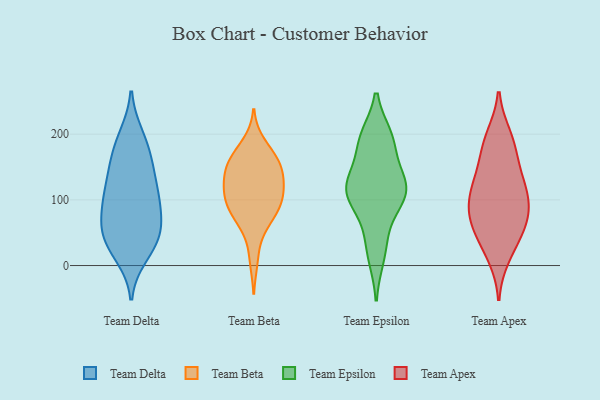
{"axis": {"x": "Production Output", "y": "Value"}, "legend": ["Team Apex", "Team Beta", "Team Delta", "Team Epsilon"], "data": [{"x": "", "y": 111, "type": "Team Delta"}, {"x": "", "y": 54, "type": "Team Delta"}, {"x": "", "y": 160, "type": "Team Delta"}, {"x": "", "y": 54, "type": "Team Delta"}, {"x": "", "y": 46, "type": "Team Delta"}, {"x": "", "y": 31, "type": "Team Delta"}, {"x": "", "y": 85, "type": "Team Delta"}, {"x": "", "y": 47, "type": "Team Delta"}, {"x": "", "y": 98, "type": "Team Delta"}, {"x": "", "y": 110, "type": "Team Delta"}, {"x": "", "y": 171, "type": "Team Delta"}, {"x": "", "y": 120, "type": "Team Delta"}, {"x": "", "y": 140, "type": "Team Delta"}, {"x": "", "y": 21, "type": "Team Delta"}, {"x": "", "y": 15, "type": "Team Delta"}, {"x": "", "y": 198, "type": "Team Delta"}, {"x": "", "y": 196, "type": "Team Delta"}, {"x": "", "y": 64, "type": "Team Delta"}, {"x": "", "y": 157, "type": "Team Delta"}, {"x": "", "y": 92, "type": "Team Delta"}, {"x": "", "y": 96, "type": "Team Beta"}, {"x": "", "y": 77, "type": "Team Beta"}, {"x": "", "y": 58, "type": "Team Beta"}, {"x": "", "y": 162, "type": "Team Beta"}, {"x": "", "y": 157, "type": "Team Beta"}, {"x": "", "y": 84, "type": "Team Beta"}, {"x": "", "y": 110, "type": "Team Beta"}, {"x": "", "y": 144, "type": "Team Beta"}, {"x": "", "y": 10, "type": "Team Beta"}, {"x": "", "y": 185, "type": "Team Beta"}, {"x": "", "y": 130, "type": "Team Beta"}, {"x": "", "y": 146, "type": "Team Beta"}, {"x": "", "y": 146, "type": "Team Beta"}, {"x": "", "y": 76, "type": "Team Beta"}, {"x": "", "y": 113, "type": "Team Beta"}, {"x": "", "y": 105, "type": "Team Beta"}, {"x": "", "y": 170, "type": "Team Beta"}, {"x": "", "y": 113, "type": "Team Beta"}, {"x": "", "y": 100, "type": "Team Epsilon"}, {"x": "", "y": 102, "type": "Team Epsilon"}, {"x": "", "y": 193, "type": "Team Epsilon"}, {"x": "", "y": 121, "type": "Team Epsilon"}, {"x": "", "y": 195, "type": "Team Epsilon"}, {"x": "", "y": 46, "type": "Team Epsilon"}, {"x": "", "y": 129, "type": "Team Epsilon"}, {"x": "", "y": 183, "type": "Team Epsilon"}, {"x": "", "y": 125, "type": "Team Epsilon"}, {"x": "", "y": 14, "type": "Team Epsilon"}, {"x": "", "y": 112, "type": "Team Epsilon"}, {"x": "", "y": 118, "type": "Team Apex"}, {"x": "", "y": 14, "type": "Team Apex"}, {"x": "", "y": 75, "type": "Team Apex"}, {"x": "", "y": 174, "type": "Team Apex"}, {"x": "", "y": 58, "type": "Team Apex"}, {"x": "", "y": 194, "type": "Team Apex"}, {"x": "", "y": 59, "type": "Team Apex"}, {"x": "", "y": 26, "type": "Team Apex"}, {"x": "", "y": 127, "type": "Team Apex"}, {"x": "", "y": 56, "type": "Team Apex"}, {"x": "", "y": 91, "type": "Team Apex"}, {"x": "", "y": 165, "type": "Team Apex"}, {"x": "", "y": 100, "type": "Team Apex"}, {"x": "", "y": 80, "type": "Team Apex"}, {"x": "", "y": 197, "type": "Team Apex"}, {"x": "", "y": 132, "type": "Team Apex"}, {"x": "", "y": 113, "type": "Team Apex"}]}